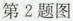
第2题图